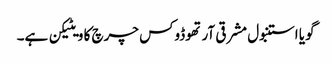
گویا استنبول مشرقی آرتھوڈوکس چرچ کا ویٹیکن ہے۔